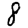
Digit: 8